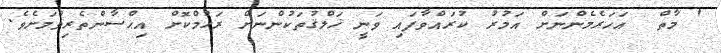
' މާތް  އަހަރެމެންނަށް އަމުރު ކުރައްވާފައި ވަނީ ޚަލްޤުތަކުންނަށް ރަޙުމްކޮށް އިޙްސާންތެރިވުމަށެވެ.